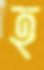
হ